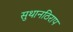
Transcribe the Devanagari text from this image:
सुथानठिराप